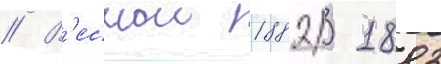
// В'еснои 1882/ 1883